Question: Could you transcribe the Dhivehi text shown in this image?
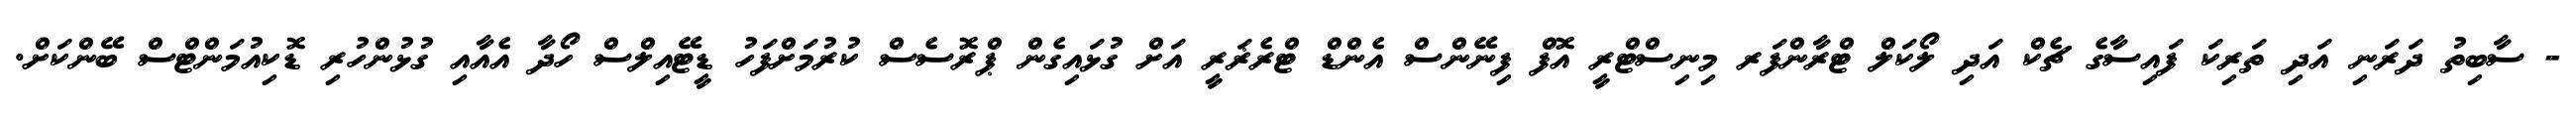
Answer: - ސާބިތު ދަރަނި އަދި ތަރިކަ ފައިސާގެ ޗެކް އަދި ލޯކަލް ޓްރާންފަރ މިނިސްޓްރީ އޮފް ފިނޭންސް އެންޑް ޓްރެޜަރީ އަށް ގުޅައިގެން ޕްރޮސެސް ކުރުމަށްފަހު ޑީޓޭއިލްސް ހޯދާ އެއާއި ގުޅުންހުރި ޑޮކިއުމަންޓްސް ބޭންކަށް.